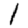
Digit: 1